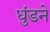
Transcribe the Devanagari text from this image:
धुंडने